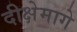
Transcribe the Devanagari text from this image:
दीक्षेमागे